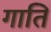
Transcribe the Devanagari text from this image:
गाति